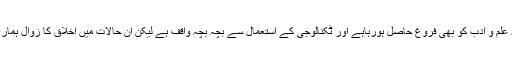
انہوں نے مزید کہا کہ علم و ادب کو بھی فروغ حاصل ہورہاہے اور ٹکنالوجی کے استعمال سے بچہ بچہ واقف ہے لیکن ان حالات میں اخلاق کا زوال ہماری تہذیب کا زوال ہے۔